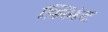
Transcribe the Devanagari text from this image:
फ़्लिंट